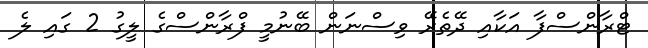
ޓްރާންސްފާ އަކާއި ދޭތެރޭ ވިސްނަން ބޭނުމީ ފްރާންސްގެ ލީގު 2 ގައި ލެ